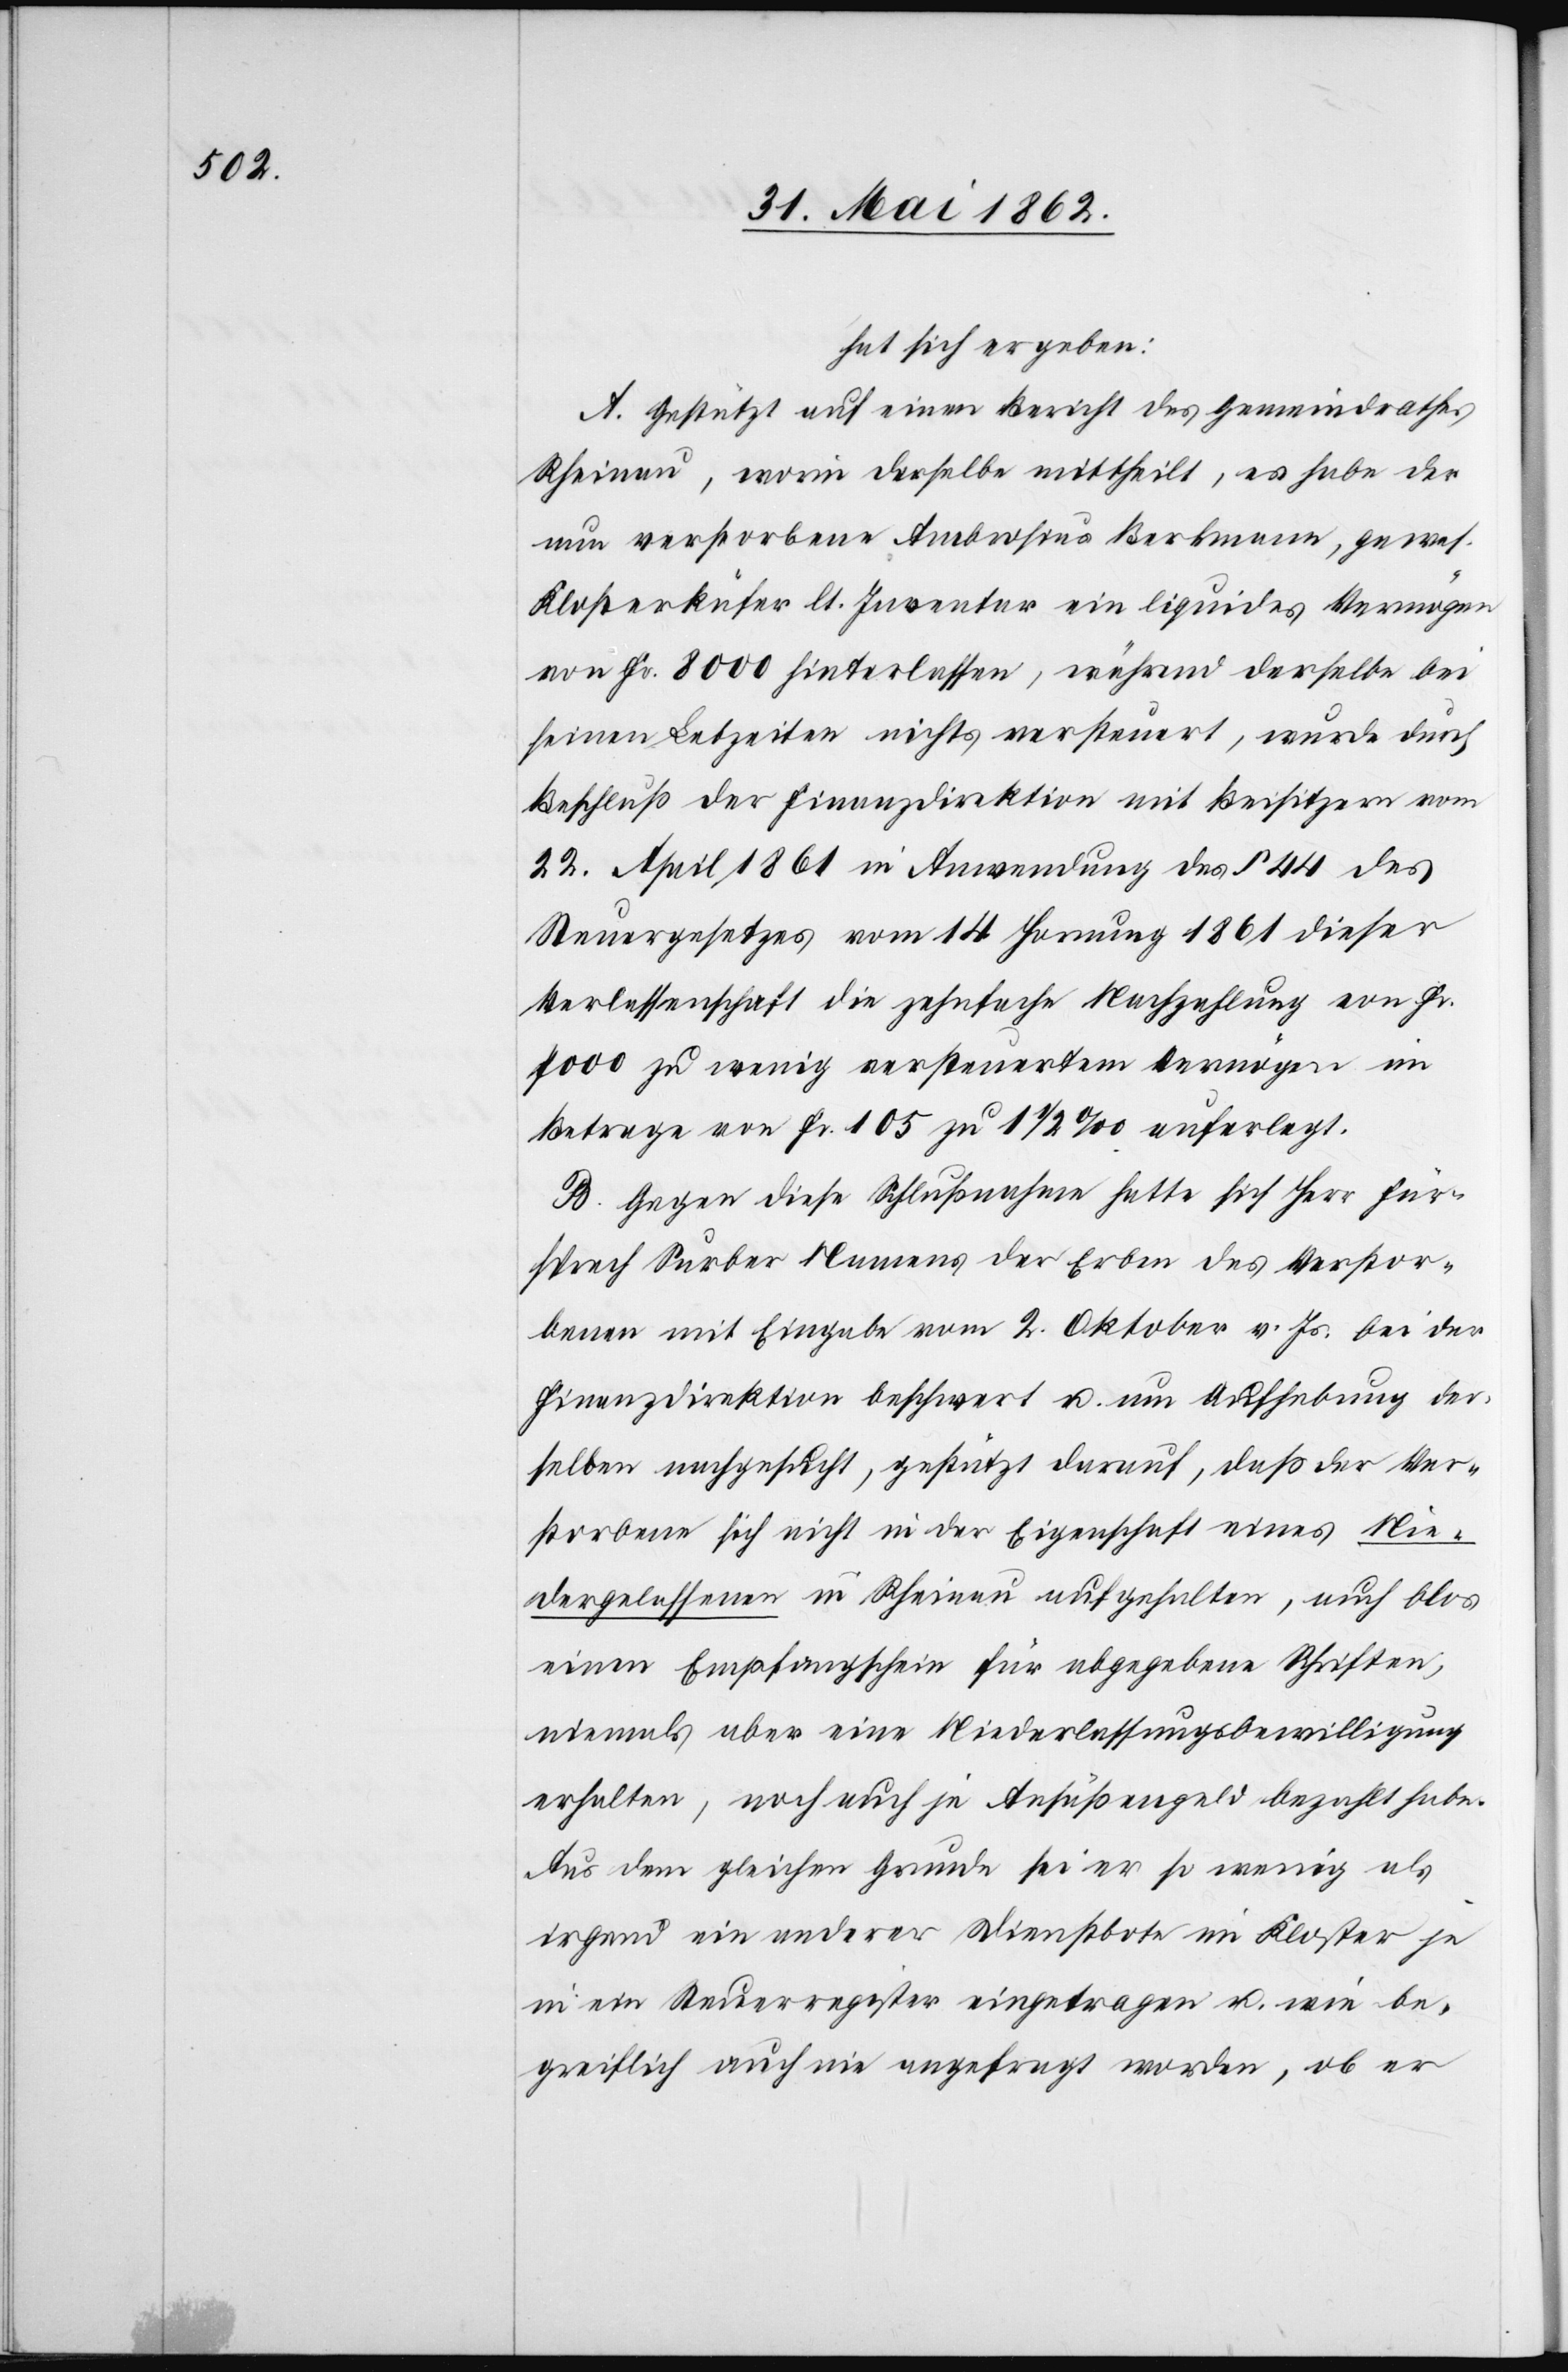
hat sich ergeben:
A. Gestützt auf einen Bericht des Gemeindrathes
Rheinau, worin derselbe mittheilt, es habe der
nun verstorbene Ambrosius Berkmann, gewes.
Klosterküfer lt. Inventar ein liquides Vermögen
von Fr.8000 hinterlassen, während derselbe bei
seinen Lebzeiten nichts versteuert, wurde durch
Beschluß der Finanzdirektion mit Beisitzern vom
22. April 1861 in Anwendung des § 44 des
Steuergesetzes vom 14. Hornung 1861 dieser
Verlassenschaft die zehnfache Nachzahlung von Fr.
7000 zu wenig versteuertem Vermögen im
Betrage von Fr. 105 zu 1 1/2‰ auferlegt.
B. Gegen diese Schlußnahme hatte sich Herr Für¬
sprech Surber Namens der Erben des Verstor¬
benen mit Eingabe vom 2. Oktober v. Js. bei der
Finanzdirektion beschwert u. um Aufhebung der¬
selben nachgesucht, gestützt darauf, daß der Ver¬
storbene sich nicht in der Eigenschaft eines Nie¬
dergelassenen in Rheinau aufgehalten, auch blos
einen Empfangschein für abgegebene Schriften,
niemals aber eine Niederlassungsbewilligung
erhalten, noch auch je Ansäßengeld bezahlt habe.
Aus dem gleichen Grunde sei er so wenig als
irgend ein anderer Dienstbote im Kloster je
in ein Steuerregister eingetragen u. wie be¬
greiflich auch nie angefragt worden, ob er